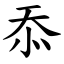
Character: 忝